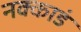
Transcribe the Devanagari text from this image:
नक्काडं